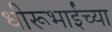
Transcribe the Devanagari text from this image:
धीरूभाईंच्या